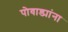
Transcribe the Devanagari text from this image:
पोवाड्यांना